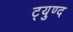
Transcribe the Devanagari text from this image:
ट्युण्द